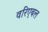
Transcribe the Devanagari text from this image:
वरिएबल